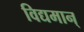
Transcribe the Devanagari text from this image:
विद्यमान्